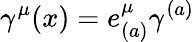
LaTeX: \gamma^{\mu}(x)=e_{(a)}^{\mu}\gamma^{(a)}